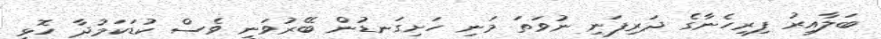
ބަލާއިރު ފިރިހެނާގެ ދަރިފަނި ނުވަތަ މަނި ހަށިގަނޑުން ބޭރުވަނީ ވެސް ކުޑަކަމުދާ ހޮޅި